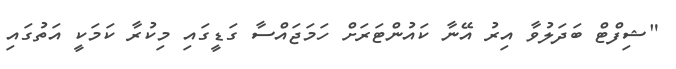
"ޝިފްޓް ބަދަލުވާ އިރު އޭނާ ކައުންޓަރަށް ހަމަޖައްސާ ގަޑީގައި މިކުރާ ކަމަކީ އަތުގައި